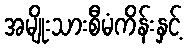
အမျိုးသားစီမံကိန်းနှင့်